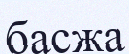
басжа